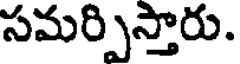
సమర్పిస్తారు.